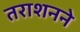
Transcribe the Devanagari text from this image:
तराशनने